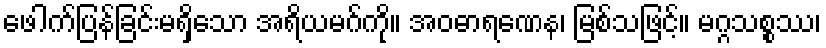
ဖေါက်ပြန်ခြင်းမရှိသော အရိယမဂ်ကို။ အဝဓာရဏေန၊ မြစ်သဖြင့်။ မဂ္ဂသစ္စဿ၊